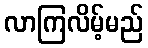
လာကြလိမ့်မည်